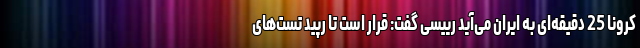
کرونا 25 دقیقه‌ای به ایران می‌آید رییسی گفت: قرار است تا رپید تست‌های